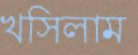
খসিলাম